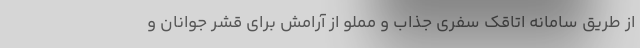
از طریق سامانه اتاقک سفری جذاب و مملو از آرامش برای قشر جوانان و